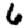
Digit: 6